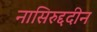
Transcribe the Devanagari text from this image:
नासिरुद्ददीन